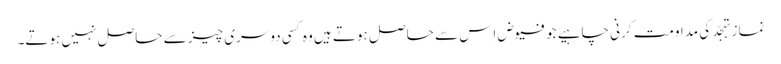
نمازِ تہجّد کی مداومت کرنی چاہیے جو فیوض اِس سے حاصل ہوتے ہیں وہ کسی دوسری چیز سے حاصل نہیں ہوتے۔